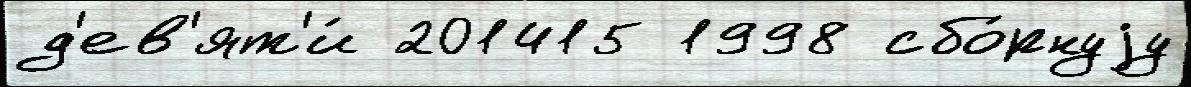
д'ев'ят'и́ 201415 1998 сбо́рнуjу